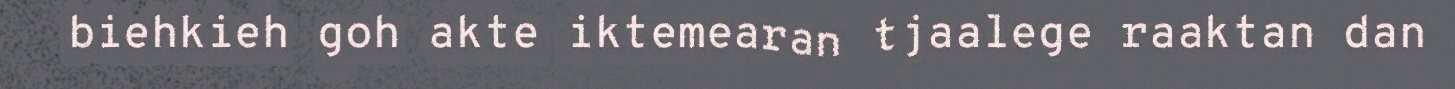
biehkieh goh akte iktemearan tjaalege raaktan dan